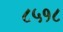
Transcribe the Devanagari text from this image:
८५१८